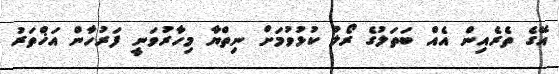
އޭގެ ތެރެއިން އެއް ބަތަލުގެ ރޯލު ކުޅުވުމަށް ނިތްޔާ މިހާރުވަނީ ފަރުހާން އަޚްތަރު